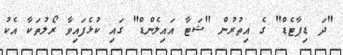
"ދަ ޑިޕާޓެޑް" ގެ އިތުރުން "ޝަޓާ އައިލެންޑް" ގައި ކުޅެފައިވާ ރޯލުތަކާ އެކު